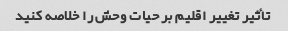
تأثیر تغییر اقلیم بر حیات وحش را خلاصه کنید